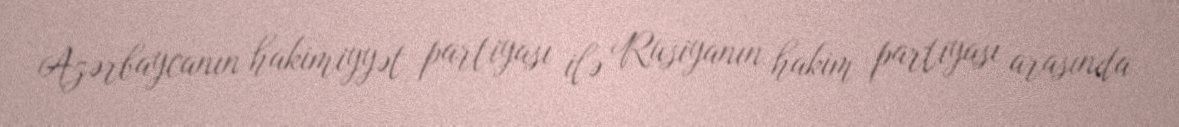
Azərbaycanın hakimiyyət partiyası ilə Rusiyanın hakim partiyası arasında